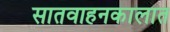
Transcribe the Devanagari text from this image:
सातवाहनकालात